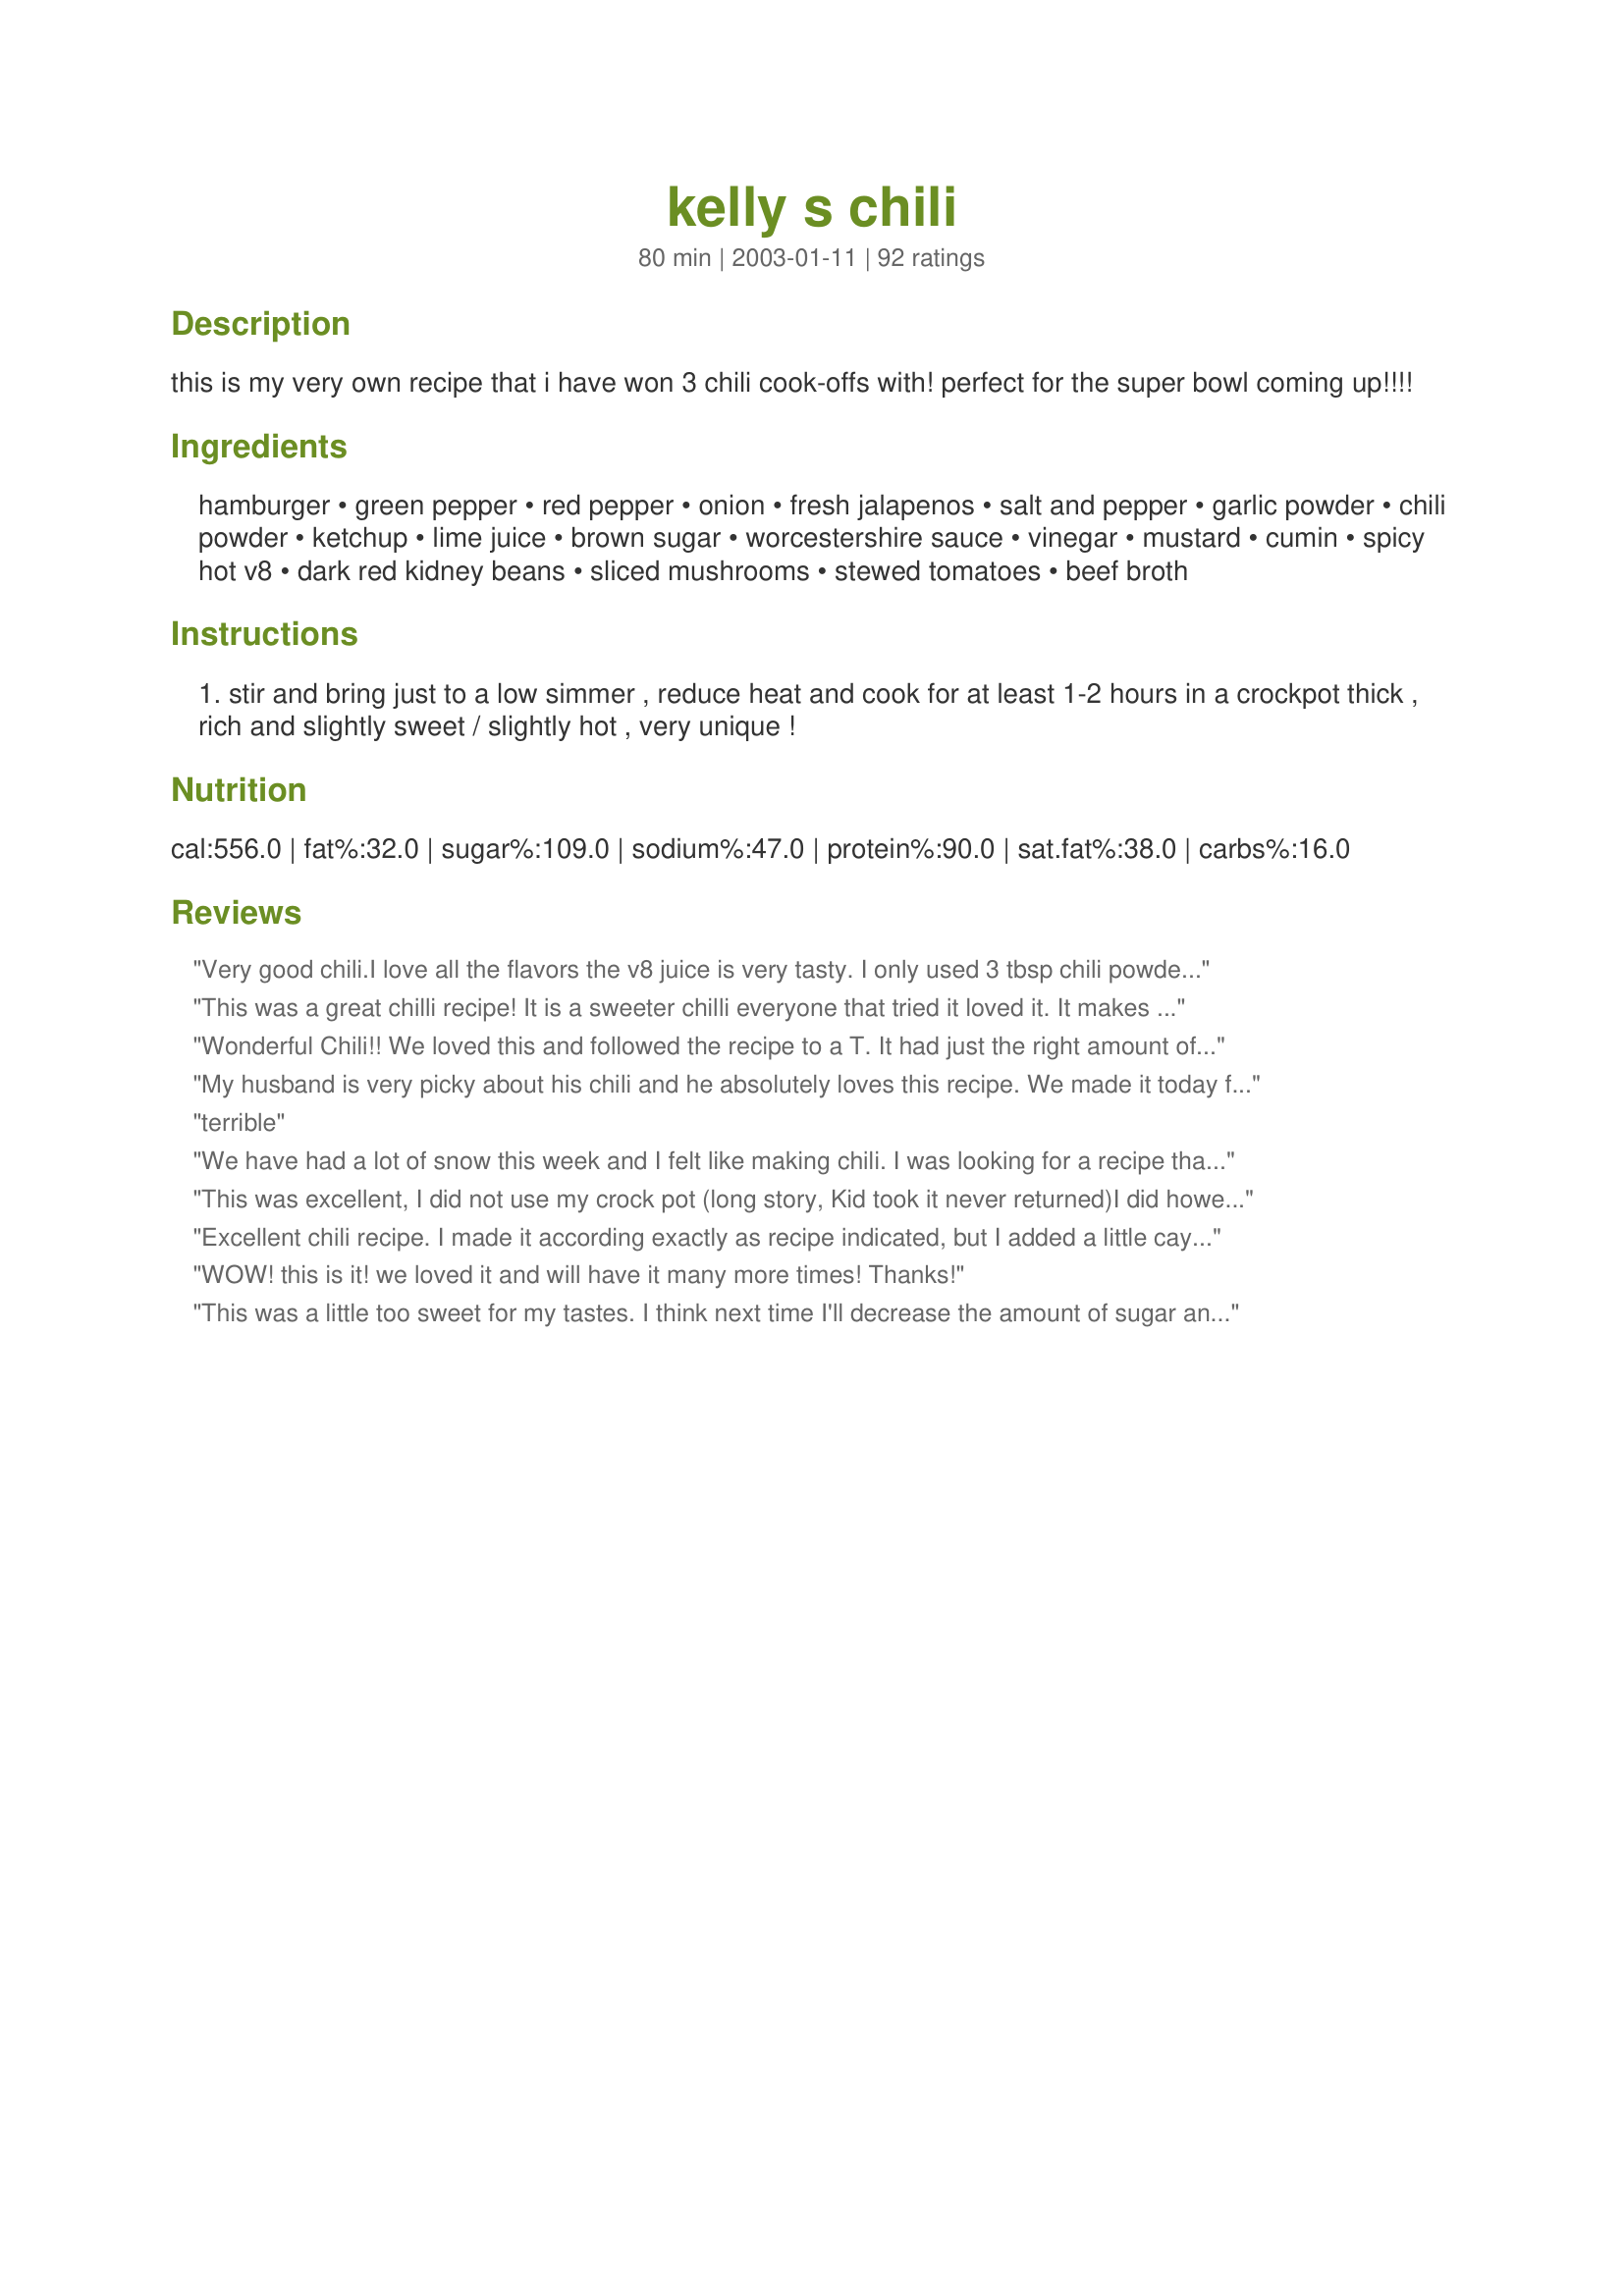
kelly s chili
Preparation time: 80 minutes

this is my very own recipe that i have won 3 chili cook-offs with! perfect for the super bowl coming up!!!!

Ingredients:
hamburger, green pepper, red pepper, onion, fresh jalapenos, salt and pepper, garlic powder, chili powder, ketchup, lime juice, brown sugar, worcestershire sauce, vinegar, mustard, cumin, spicy hot v8, dark red kidney beans, sliced mushrooms, stewed tomatoes, beef broth

Steps:
stir and bring just to a low simmer , reduce heat and cook for at least 1-2 hours in a crockpot thick , rich and slightly sweet / slightly hot , very unique !

Reviews:
Very good chili.I love all the flavors the v8 juice is very tasty. I only used 3 tbsp chili powder and 3 tbsp brown sugar. Personal prefence I used pinto bean instead of kidney. The lime juice gives it a fresh taste. Thanks Kelly for another great recipe!
This was a great chilli recipe! It is a sweeter chilli everyone that tried it loved it. It makes alot so I will frezz part of it next time. This is a keeper. I used elk hamberger and only 2 lbs and added extera kiddney beans and it was still a very hartie chilli.
Wonderful Chili!! We loved this and followed the recipe to a T. It had just the right amount of spice to it using 2 jalapenos. This is one recipe I will put in a special place so I know right where it is to make again. Thanks!
My husband is very picky about his chili and he absolutely loves this recipe. We made it today for the first time. Followed the recipe as written but did cut the brown sugar in half. This will be a keeper.
terrible
We have had a lot of snow this week and I felt like making chili. I was looking for a recipe that called for red and green peppers, which I had to use up. This was fantastic. I left out the jalapenos and mushrooms (didn't have any). I reduced the sugar by half, used regular V-8 and a can of diced tomatoes. Cooked on low in the crockpot for 6 hours. Sweet, spicy, delicious!
This was excellent, I did not use my crock pot (long story, Kid took it never returned)I did however simmer on low for 2 hours, the combination of sugar and hot peppers gives this chili a unique flavor. I froze what was left of the V8 juice for the next time I make this.
Excellent chili recipe. I made it according exactly as recipe indicated, but I added a little cayenne towards the end. It was sweet, warm, and absolutely addictive!! My favorite and DH gave it 5 stars, too. Thanks Kelly for a real winner. I deseeded my peppers, by the way - one more thing I used chili sauce instead of catsup.
WOW! this is it! we loved it and will have it many more times! Thanks!
This was a little too sweet for my tastes. I think next time I'll decrease the amount of sugar and up the chili powder. I liked the mushrooms in it and the peppers and V8 added some nice flavor.
This chili was very good. It had a unique flavor, and my family really liked it. I am giving it four stars, because I thought it was too sweet. After reading other reviews, I only used 3 Tbls. of brown sugar. Even after this reduction, I found the chili too sweet. I ended up having to add more vegetable juice and water to help reduce the sugary taste. Thanks for posting. I probably will make again, just without the sugar.
This recipe is awesome. My boyfriend and I have already made it a couple times. We love the spicy and sweet! Thank you for the recipe...Rachel and Ryan
Best Chili I've ever had and the whole batch was gone in one night! no complaints
The best chili I've ever had much less made. Used 2 1/2 lbs hamburger and 1/2 lb sausage (minor mistake), 1 can kidney, 1 can pinto beans, spicy V-8, 3 japs & 2 red chili peppers (still needed a little more heat). I just couldn't add mushrooms, I think it's against the law in Texas (the same could be said about lime juice and that was great).
This is a very good chili. Thanks for sharing it.

Laura
I loved this chili. My father said it was the best he has ever had. Thanks for sharing.
I made half a recipe and it was good. Next time I will omit the brown sugar. I like spicy more than sweet. Served with Recipe #83625.
I used this recipe for a chili cookoff with friends, and no surprise, we won! I used the minimum amount of sugar, and the maximum recommended amount of jalapeño, but this is still a sweet chili. People told me it was a unique, meaty chili...some even asked if there was BBQ sauce in it! Great texture, smells great, and the taste is award winning!
Made this yesterday. It was good! very nummy. Only added 2 tsp. brown sugar and added two cans of chili beans since i&#039;m not a fan of the kidney beans. We really liked this!
we used ground venison and hamburger lean . used less of brown sugar just a 1/3 c added small can of chili's, and a can of tomatoes with chilis hot. We like it hot and made it for the super bowl game got lots of compliments on it. im sending your origianl recipe in our new cookbook fundraiser for our kids to go to camp at church . thanks !Laurel
Very good crock pot recipe! I left the sugar out all together, good round flavor even without.
Great recipe. I cut the brown sugar down to three tablespoons since others' reviews said it was a little too sweet and added one package instead of two, of mushrooms. It was delicious. I would say the next time I make this, I would add a little less liquid because it was a little too watery for my liking. Other than that, excellent! If you want more of a kick, keep all of the jalapeno seeds in...I only kept 2 with seeds.
Thank you for posting your winning recipe! This will for sure be a regular at our house!
KEEPER!! Absolutely delicious! I think the great flavor comes from the lime juice and spicy V-8. I couldn't believe ketchup would be good in a chili recipe; I'm not a ketchup fan. Well, live and learn, to coin a phrase! We make this with ground buffalo. Also we add in a can of Rotel tomatoes with green chilies and leave out the jalapenos. Thanks, Wildflour, for a family fave. We've been making it for almost a year, sorry for the late review. . . Janet
I have to have simple recipes. This one has a lot of ingredients, but it's EASY and delicious. My husband, who kids me about not being a very good cook (which is true) said he can't kid me anymore! I think he told me how good the chili was about 5 times at dinner. I can obviously follow simple recipes.
I made this for Super Bowl and was really happy with it. I didn't use mushrooms, but followed everything else exactly as it is here. A nice blend of sweet and spicy! Thank you!
No, its not a "texas chili"....but it is WONDERFUL in its own way. You can taste the ingredients, not just chili powder. The V8 and touch of mustard gives the flavor depth. Kids love the touch of sweetness, though I may just adjust that a tad. I have made this 3 times since last winter. Thanks for a change from the ordinary!
Loved it! I won a cook-off with this today! I used half the kidney beans because I wrote it down wrong on my shopping list, 4Tbsp chili powder, and 3Tbsp brown sugar (could have sworn I had more of it but didn't want to go to the store again!) I used some additional spices when doing the meat, my own blend I always use when cooking meat. It was a complete hit! Thanks!
I made some minor changes but nothing that would affect the overall taste of the recipe(pureed the tomatoes, no mushrooms or red pepper). My family liked this recipe and the entire pot was gone after dinner. It was a little sweet, so next time I think I will start at 2 T of brown sugar and then add after tasting. Thanks for the recipe.
I guess I'm in the minority here. I omitted the sugar all together based on other reviews. I don't care for sweet in my chili. I wasn't a fan of the ketchup. It made it taste like a sloppy joe. I first made it following the directions (minus the sugar and a little less chili powder) and it was meh. The ketchup still made it too sweet and it lacked flavor. I upped the cumin, added beef bouillon and more spices. Still wasn't enough to hide the ketchup taste. I think there is a reason why everyone tweaks this recipe then rates it five stars. I'd start with no sugar or ketchup and go from there, unless a BBQ sauce chili is what you're after. On another note, the spicy v8 wasn't that spicy. I was leary about it, but was pleasantly surprised. Guess I was just hoping for something else. But if you like a sweet/spicy blend this may be for you.
This is my absolute favorite chili recipe! It is spicy, full of flavor and thick. You could add sour cream to it to tame the spice, but why would you want to? Really, if you want a spicy chili full of flavor, that truly is very easy to make.....this is the recipe for you.<br/>I always make the recipe exactly like its written the first time I make it. Then, if I don't like something I will modify it. This recipe was perfect! <br/>The only thing I removed the second time I made it was the mushrooms. I like mushrooms, but I didn't like them in the chili. However, that being said, the original recipe with the mushrooms is incredible!<br/>I didn't have a crockpot big enough for all the chili, so I simmered it for 1 to 2 hours on the stovetop. <br/>This is now my chili recipe, and the only one I will make. :)
This was way to sweet for us. I cut the brown sugar in half -- but other than the sweetness, it was really, really good. I'll make it again -- but I think I'll only start off with maybe 2 teaspoons of sugar (you can always add more). Maybe this is just personal preference. I liked the lime juice and using the spicy V-8. Thanks for posting the recipe. Even though I only gave it 3 star, there were a lot of others who rated it much higher.
Yum! My first bowl I thought wow this is too sweet. The second, not really. The third, it was perfect. It was even better the second day. I wouldn't change a thing.
Thanks for responding to my post, Kelly. We really enjoyed the chili! It really had a fresh/sweet/tangy taste. I was super short on time when I made this and did not see the beef broth listed, so that was omitted. I only used about 3 Tablespoons Chili powder (McCormick's brand) which was just the intensity I was looking for. I used about 3 heaping Tablespoons of light brown sugar, since my guests were "low-carbing" but found that to be a good sweetness (I'm sure if I had added the beef broth it could have stood more). I used jarred jalapenos instead of fresh and cooked on the stove for about an hour an a half. My guests really liked the chili and my husband and I thought it was wonderful. The fresh lime juice added a wonderful fresh taste that combined great with the sugar. This is the second time I have used Spicy V-8 in my chili recipes and do love the subtle spiciness and texture it gives the sauce. I can see how this won some Chili Competitions. It did have an unique zesty flavor that I hadn't tasted before in chili.
Roxygirl 

LOVED this Chili. I made it for a Chili Bowl at church and it was all gone! My family loves it and I've already passed the recipe out to my friends who all agree it's the best! I recommend only putting 4 tbls of the brown sugar if not sweet enough then you can always add more and then add chili powder if it's too sweet. Thanks for such a GREAT recipe!!
This chili rocked!!! It was sweet with a little spice. Very flavorful. I absolutely loved it and so did everyone that tried it. I couldn't find spicy v8 so i just added tabasbco to the regular v8 and that worked great. Thanks!!!
Wow, this is wonderful. I didn't have jalapenos, so used sambal oelek. Added minced garlic instead of powder. Also eased up a little on the sugar, only adding about 2tbsp. I couldn't get out of bed at 5am to put this in the crockpot this morning, so I cooked for 20 minutes in my pressure cooker, with great results. Will certainly be making this again. Thanks Kelly for sharing this winner. Made by a fellow Fancy Feinschmecker for ZWT4
I totally stole this Chili recepie for my own. It's a hit whenever I make it... &quot;nicks&quot; Chili as for as my friend are concerned !!!! Love it ....
Great chili recipe. Very flavorful without being too spicy. Loved the addition of the spicy hot V-8. I can see why you won the contest! It's a winner here, I know that much. I am putting this on our family meal rotation we liked it so much. Definately worth more than 5 stars! Thanks Kelly for a great recipe! Cindy
SOOOO GOOD! We obviously ommited the ingredients we didn't like and I added corn to it as well and it turned out great. I adjusted the serving size to to fit just my husband and I. Let it sit on LOW for about 1.5 hrs and then on high for the last 30 minutes. Served over rice! Definitely going to make again!
-Ok I have made this three times since and each time the reviews get better and better. My brother and sister who are the pickiest eaters alive LOVED IT! And we had a couple friends of our whose husband ate at least three bowls in a sitting. Most recently we made it for a group of people and I added 3 tablespoons of regular chili powder and 3 tablespoons of Chipotle Chile Powder and one extra jalapeno which gave it a huge kick. Soooo good, very yummy with Fritos and some corn bread. Amazing recipe. Thanks again!
Excellent chili! I made this for my friends on a recent trip to Tahoe, and they decided I now have to make this for them every time we go. They raved for days! I like to pair this with the Sweet Cornbread recipe #83625. My BF thinks the chili is too sweet, so when I make it just for the two of us, I cut the brown sugar to 1 or 2 TBS instead of the 3 I used for the group. I also leave the mushrooms out for him, and it's still a fantastic recipe. Thank you!
OMG! What a wonderful recipe! Thank you! Although I am sure that this recipe is awesome as posted what it does is give you very good basics to adjust to your family's likes and dislikes and it still works. Also, being slow cooked adjustments can be made along the way for anything you aren't sure of. Think it might be too sweet for you? Then add the minimal sugar and taste it an hour later and adjust till it works. I knew for my family to leave out the jalepenos and stewed tomatoes. In it's place I added 2 -10 oz cans of ROTEL tomatoes with green chilis and that worked for us. Also as a shopping note...2 - 12 oz bottles of the SPICY V-8 was exactly 3 cups. Thank you again for posting this!
By far the best chili recipe on the internet, and the internet is vast. I&#039;ve won the Super Bowl chili contest two years in a row with this and will going for a three-peat tomorrow.
This is one of the best chili's ever! I would never have thought to use V8 juice in chili. At first, when I added the mushrooms, it looked like WAY too many, but they simmer down just right and are a great addition. I used the optional beef broth which I think adds to the complexity. I had to use lemon as that is all I had, and it was still fantistic. I don't like my savory dishes too sweet, so the second time I made it, I used 3 T. of brown sugsar and 1 T. of unsweetened cocoa powder. I also added a can of black beans for the last 30 minutes of simmering. I have cooked this on a low simmer on the stovetop for about 2 to 3 hours as well. Any way you cook it, this is a REAL winner!!
Thanks for posting, Wildflower.
Very different chili recipe. Made it exactly as written, and although I loved the sweet/spicy flavor, there was too much sweet and not enough spice. Maybe if the spice was increased, the sweet wouldn't be so prominent. All that aside, still an excellent recipe that everyone enjoyed, and I will definitely make again.
Very unique flavor. We liked this but at said by other reviewers it does have a sweet taste. However, we liked it. It has a very deep flavor to it which is what we liked. Thank you for posting.
Absolutely delicious! I am always looking for different recipes to cook and when my husband mentioned chili for dinner, I decided to try this one instead of my go to recipe. I did alter it a bit by leaving out the jalapenos, reducing the amount of chili pepper and adding just a bit of brown sugar. The end result was a slightly sweet, with a slight kick at the end. I will definitely be making this again!
I made this chili a few weeks ago....at first I was a little nervous b/c I thought it smelled weird...lol I didn't have any vinegar so I left that out and didn't use the beef boullion b/c I didn't have that either. This chili was GREAT. My PICKY 8 year old daughter LOVED it. Oh, we also added 2 cans of beans instead of 1. Hubby still wanted more beans. Great recipe! I'll do it again for sure!
This was too sweet for my taste but this was an easy recipe to prepare.
I can't get over how good this is. I thought I made good chili before, but I was wrong. My DH said this is the recipe we will use from now on. Thanks
This is by far my favorite chili recipe. Made it Halloween and my family loved it also. Perfect blend of sweet and sour. YUMMY!
I have made this several times and love it! I'm not usually a big fan of chili but this stuff rocks! It's got the perfect amount of heat and not too many beans. Actually, I usually add an extra can of beans. Wonderful recipe! Thanks!
Best chili ever -- it actually tastes healthy too.
This was really a great chili. All the different flavors came through and blended so nicely to make a really tastey chili. I was definitely more work that my usual chili recipe but well worth the extra effort for the interesting different flavors. The lime juice was a fabulous addition!
My husband said this was the best chili he has ever tasted and i agree!! I left out the mushrooms and peppers because he doesnt like them but im not sure it would have made a difference. It is sweet with a little kick at the end. Nothing like any chili ive tasted.I always bought the packaged seasoning but never will i do that again because there is no comparison. We saved the left overs for chili dogs the next day and it was sooooo good!!
This IS the BEST chili ever...I will never try another recipe. I only had 2 pounds of meat, but it still turned out perfect. I used 4 tbl of brown sugar and absolutely loved the spicy/sweet taste. My husband and I both went crazy for it. THANK YOU!!
I made this chili Saturday; it was way too sweet for me. Next time I'll cut the sugar down to 2 tablespoons because I think the catsup also contributes to the sweetness.
I don't like Chili, but had to make it at work for everyone. It smelled so good I decided to try it, and I now like Chili! Thanks for the great recipe! I'll definately make this next time I have to make Chili!
Whoever rated this a one star and said it was terrible apparently doesn't have taste buds because this chili rocks! I just got it all put together and in a big pot on the stove and I can't stop tasting it! I followed the directions exactly except I only added 3 tablespoons of sugar due to so many people saying this is too sweet, I did add the one cup of beef bouillon and I also added a 4oz can of chopped jalapenos when I dumped everything else in! It's perfect!!! I have been searching for a good thick chili recipe and this is by far the one I was looking for!!! The V8 juice is great in this and it doesn't turn out too spicy like I was afraid of. Thank you so much for the AWESOME recipe!! I will definitely be making this again...maybe even next week! ;)
This recipe is DELICIOUS as is!
Nice recipe. However I did what others suggested and used less of the brown sugar 3 tbls. I think next time I will use only 1 tbls as it still was sweet, and over powered the spicyness of it. Overall a really good tasting chili and one I will probably make again.<br/><br/>Update: Just made this for the super bowl 2012. I used less brown sugar 2 tbls, and decided to cut the peppers, onion, hot peppers and garlic and put in a container, then in another container mix the other ingredients. Let stand in fridge overnight. This morning I browned the meat with the onion, pepper mix and put all in crockpot. My only addition was to add hot garlic spice to the meat as it browned and in the sauce mixture itself. Just tasted it and it is by far the best chili I have ever had. Love it!
My husband was asking for me to make chili, I thought what the heck I will try this one. OMG we love it, this will be a big hit with our family years to come. I used 2 lbs of Hamburger & 1 lb. hot sausage because we like spice, this was great!!! Awesome recipe thanks for sharing...
Let me start by saying i'm not a huge chili fan, but this was pretty awesome!! I left out the jalapeno because i was using a new chili powder and not sure hot hot it was gonna be. I used Penzeys chili 3000. I also didn't use the canned tomato. I used tomato paste and just added an additional cup of V8 Juice. It had an initial taste of sweet then a nice slow heat. My whole family LOVED it. Thanks for a great recipe..
I was craving chili and this chili was awesome. My DH loved it! It has a sweet flavor then a nice kick. Very addictive, we couldn't stop eating it. Thanks for the recipe. This is how I will make chili from now on!
Wow is this a great recipe! I didn't have V8, so I use a 14 oz can of tomatoe sauce, and equal amount of water, and a bunch of garlic chili pepper sauce. Then I splurged because I had a bunch of beef tenderloin I got at Costco, so I small cubed it and combined it half and half with hamburger meat. I used dried kidney beans, that I soaked in boiling water for an hour. I also added a can of green chillies, chopped. 6 hours later in my crock, YUM! Great spicy sweet recipe. Thanks!!!
Made this last night for 6 people.<br/>This went over well and I actually used 2 pkgs of Yves Ground Round to make it Vegetarian and no one noticed. This is a very sweet recipe, I used 4 tbsp of brown sugar but it could have used less. Plus I only used 2 jalapeno peppers, non spicy V8 and no Cumin and a little over half of the chili powder and it still had a zing to it. So if you do not like spice, go with less of everything.<br/>Plus, there just seemed to be not enough beans for such a large amount (this makes a very big batch of chili), so I added another 2 cans of beans but then there was too much for the slow cooker, so I transferred it all into a large pot and cooked it on the stove top for a couple of hours.<br/>It came out thick and tasty, I will definitely make this again.
Oh I just loved it!
I had Venison that I ground up and added to this along with some ground pork. Sweet and spicy!! I just love Crock pot meals!
This stuff is awesome!! Everytime I make it, someone wants the recipe. Yes, this chili has a little bit of a kick. My uncle put it this way, &quot;There is a kick, but there is also some sweet. It is such a depth of flavors instead of just chili powder and burning of the mouth.&quot; Yes, there are not a lot of beans, but I am not a huge fan of beans and that is one reason I have never liked chili...until now! THANK YOU!!
This was absolutely amazing! My family didn't even like chili until now. I like another writer used 2 cans of Rotel/chiles because my family is already familiar with it. I also used regular V8 instead of spicy and no jalepeno . The chili still has a great kick! I think it would have been way too hot for my family with the other ingredients. This chili is like an explosion inside your mouth. This is a keeper!
I have made this chili over and over and have had so many compliments and requests for more. I cut back on the cumin only because of taste preference and find that the recipe is very forgiving if I don't quite measure everything exact. I love this type of recipe. Awesome..thank you
I needed a great chili recipe for a new item added to our cafe menu, so I tested this one. Although this was very tasty, the comments I received from my "informal" taste panel were negative. They said it was too sweet, needed more beef, tasted like barbeque sauce, and tasted like sloppy joe mix. Good dish, but not chili.
I made this for a football party, and everyone loved it and asked for the recipe. It made enough for a crowd of 12 with quite a few people going back for second helpings. The mushrooms surprised quite a few people, but no one complained! I only had a cup of ketchup and made up the difference with tomato sauce. I de-seeded the jalapenos, but next time won't do that so the chili will have more kick. We served the chili with shredded cheddar, chopped onions, and sour cream -- excellent! Thank you, we'll be making this recipe often.
I can not believe I never rated this. We LOVE this chili and whenever I make it for parties people finish it off. We do stick with 3-4 T of brown sugar, cut down on the meat if it is just for us (just to save some calories), sometimes add an extra can of beans, and I do not add in the bullion. Even my kids scarf it down!
Seriously the best chili my husband and I have ever tried. I asked my husband to give me his rating and he stated "I've never had a chili anywhere near as good as this!". I agree! I used 4 jalapenos and fresh garlic rather than garlic powder. I used the full amount of chili powder and used about an extra tablespoon (or 2) of fresh squeezed lime juice. I cut the sugar WAY down to about 2-3 teaspoons, added an extra dash or two of worcestershire, used 2 cans of hot and spicy chili beans (that I drained but did not rinse) and added the cup of beef broth. I browned it all and put this all in my 6 quart crockpot and let it cook on low for about 6-7 hours. The house smelled DIVINE while it was cooking and the final result was sheer perfection! I served this over pasta shells for my kids and I with a dash of fresh grated cheddar on top. My husband ate the chili straight up with the cheese and a bit of sour cream. My kids LOVED this! The amount of sweet/spice was perfect! Totally fine for a 2 and 4 year old and perfectly spiced to my husband and I who normally love things hot but felt the flavor in this didn't warrant needing it to be hot. This is a true winner and definitely worthy of winning a chili contest. Thank you so much wildflour! We ADORED this and this has now become my regular chili recipe. I'm throwing my old one out!
We really enjoyed this chili ~ very flavorful without being too, too spicy. All the flavors just blended together nicely. I made as posted except I used sliced jalapeÃ±os from a jar instead of fresh and 4 tbsps. of chili powder. It makes a TON of chili ~ I am going to freeze the leftovers and see how it does. Thanks for posting!!
Made for Superbowl evening and it was a big success! We all loved the flavors, mildly spicy and delicious down to the last bite. I can see why you won a cooking contest Wildflour. It was awesome! Thank you.
I prepared this recipe last night and it was awesome! I did substitute a can of tomato paste for the ketchup, and used jarred jalepenos instead of fresh, but it was outstanding. I also used two cans of beans instead of one, and used turkey hamburger instead of beef.

It made an incredible amount of chili though :-) My crockpot was ~almost~ overflowing.

I also topped it with some cheddar and munster cheese.
Loved it. Omitted the mushrooms as I knew my grandsons would be unhappy with them. Did not add vinegar as I used Heinz Ketchup which already has vinegar in it. Feed it to a group of people ranging in age from 2 t 87 and they all raved about it! Thank you for great recipe which is destined to be a family favorite.
I used this recipe for my first ever attempt at homeade chili, and it was delicious! I loved the idea to have mushrooms in it. Thanks!!
Other than add 2 tsp. cocoa powder to the pot, I made following the recipe to the letter. It was so good everyone was diving for it at our Chili Potluck supper at the church. Thank you so much for making me look so good Wildflour!
Fabulous ,I didn't change a thing. It is so different from my recipes,but better.I will never make another kind again.It is kind of hot and sweet ,but just right.Froze the leftovers and just as good after freezing.
Paige
This got 5 stars from DH! Only changes made were I cut the brown sugar in half and also omitted the vinegar due to personal preference. I passed it on to a friend as well and her and her husband rave about it as well!
Sssmmokin'! We like our chili spicy hot and I really wasn't expecting this to rate up there with our usual favourite but it does! I did make a couple changes which I expect helped to enhance the heat leaving no sweetness to it at all. In fact it had a rich full smokey flavour. Was glad to have a nice fresh foccaccia bread to ease the heat. I cut the servings back to 4 and used tomato sauce instead of ketchup. Did not add the brown sugar and used fresh minced garlic instead of powdered. I used two large jalapeno's and a chipotle chili powder which I assume helped with that smokey flavour. As it's less labour intensive than my usual recipe, I will be making this again frequently! Made for ZWT4
This was so good and I won our chili cook-off at church with this recipe. Thank you so much for posting.
It was a little too sweet for me, the kids loved it. I will make again, but not add as much sugar.
I loved this recipe! The lime juice does the trick I think. I used fresh limes and could not find spicy V-8 so I used lemon flavored. I also used ground turkey in place of the beef. I will make this again soon. Thanks so much for posting ;o)
Good chili. Was too sweet for my taste. An easy fix.
This was a good chili recipe if you like it on the sweet side. I halved the amount of sugar and it was still a bit sweet. The heat in this chili was great. I loved the spicy V-8. I will incorporate this into other chili's. I also liked the mushrooms in the chili. Overall, I am glad I tried this chili, it is a good recipe, just not for my taste buds.
Thank you!!!! After 23 years of marriage I finally found a chili recipe that pleased my Texan! I followed the entire recipe, except the beef bouillon. Even with the spicy V8, it was not too spicy for my kids. Delicious!
Fabulous recipe for chili!! DH and I really enjoyed this and it was just perfect for a cold snowy day. Only thing I didn't use was the jalapenos(didn't have any on hand)but I added some cayenne pepper. I also halved the recipe,since its just the two of us here at home. I added two cans of kidney beans though, DH loves alot of beans in his chili.
 Love the flavor this chili has!! And the aroma thr out the house just made you drool while waiting to scoop out a bowl full. I had to sneak a few spoonfuls, pretending that I was testing it out before dinner!!! LOL 
This is most certainly a keeper in my book!! Thank you so much for sharing your recipe peacefulnightdove!!!!! :)
This recipe is absolutely the bomb! (Teenagese for really good) I won a chili cook off at work with it the second time I made it. The first time my mom helped me and substituted 6 TB of red chili peppers for the chili powder! We had some problems with that batch. LOL Whoa, hot hot.
I thought this was the best chili I have ever made. My DH did not like it as much, but I don't really count him because he does like good food.
